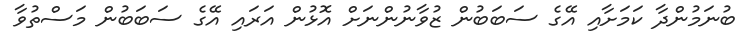
ބުނަމުންދާ ކަމަށާއި އޭގެ ސަބަބުން ޒުވާނުންނަށް އޮޅުން އަރައި އޭގެ ސަބަބުން މަސްތުވާ